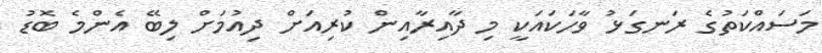
މަސައްކަތުގެ ރަނގަޅު ވާހަކައަކީ މި ދާއިރާއިން ކުރިއަށް ދިއުމަށް ލިބޭ އެންމެ ބޮޑު